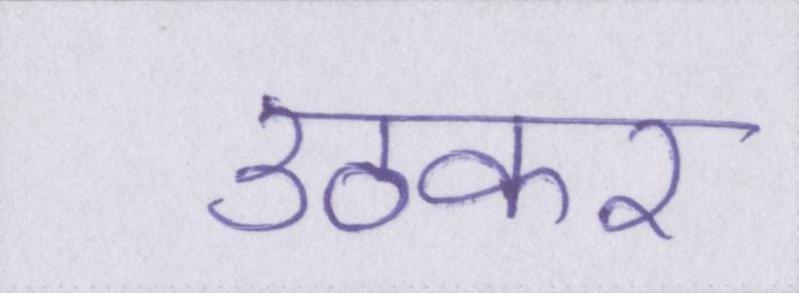
उठकर